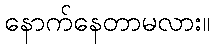
နောက်နေတာမလား။